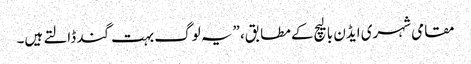
مقامی شہری ایڈن بالیچ کے مطابق، ”یہ لوگ بہت گند ڈالتے ہیں۔